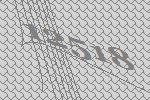
12518